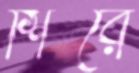
শিরে